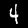
Label: 4